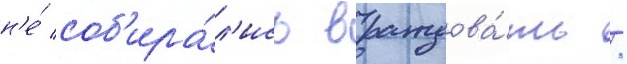
н'е́ соб'ира́л'ись враждова́ть /